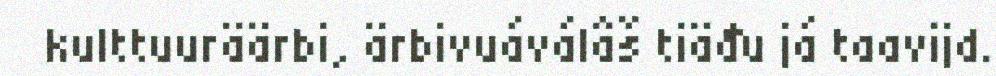
kulttuuräärbi, ärbivuáválâš tiäđu já taavijd.